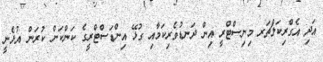
އަދި އެގްރިކަލްޗަރ މިނިސްޓްރީ އިން ދަނޑުވެރިކަމާއި ގުޅޭ އިންޑަސްޓްރީގެ ކަންކަން ކުރަން އުޅެނީ